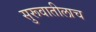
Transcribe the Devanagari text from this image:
सुरूवातीलाच